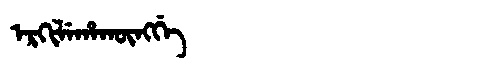
Manchu: ᡝᡵᡴᡳᠯᡝᡥᠠᡴᡡᠩᡤᡝ
Romanization: ERKILEHAKŪNGGE